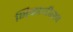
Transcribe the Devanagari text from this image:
भिकाजीराव